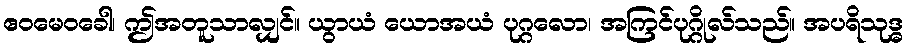
ဧဝမေဝခေါ၊ ဤအတူသာလျှင်။ ယွာယံ ယောအယံ ပုဂ္ဂလော၊ အကြင်ပုဂ္ဂိုလ်သည်။ အပရိသုဒ္ဓ